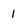
Character: 1